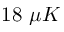
1 8 ~ \mu K